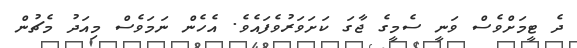
ދެ ޓީމަށްވެސް ވަނީ ސެމީގެ ޖާގަ ކަށަވަރުވެފައެވެ. އެހެން ނަމަވެސް މިއަދު މެޗުން